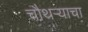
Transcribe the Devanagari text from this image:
चौथऱ्याचा